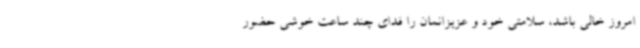
امروز خالی باشد، سلامتی خود و عزیزانمان را فدای چند ساعت خوشی حضور